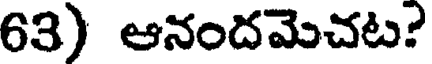
63) ఆనందమెచట?